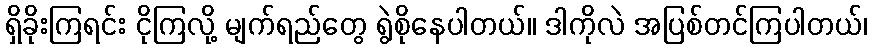
ရှိခိုးကြရင်း ငိုကြလို့ မျက်ရည်တွေ ရွဲစိုနေပါတယ်။ ဒါကိုလဲ အပြစ်တင်ကြပါတယ်၊